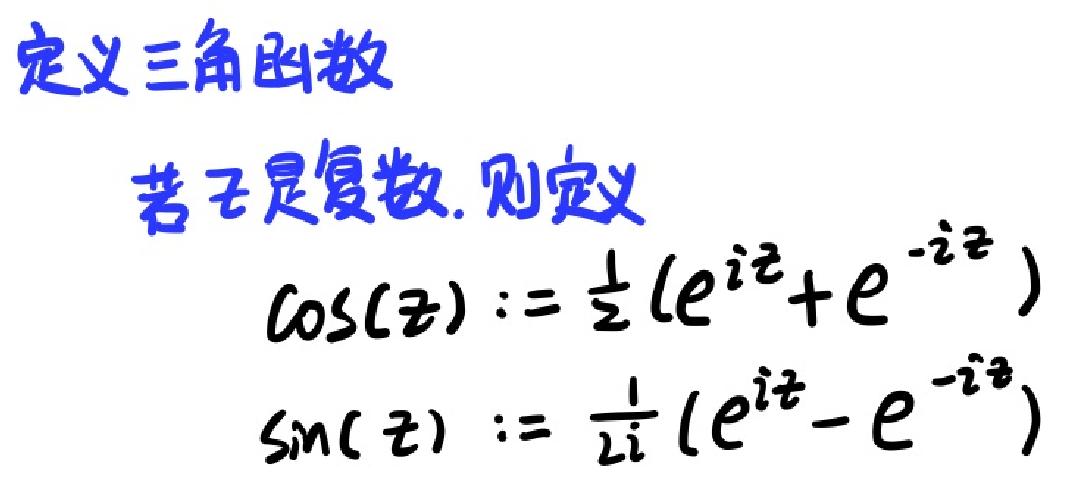
定义三角函数
若 \(z\) 是复数, 则定义
\(\cos(z):=\frac{1}{2}(e^{iz}+e^{-iz})\)
\(\sin(z):=\frac{1}{2i}(e^{iz}-e^{-iz})\)